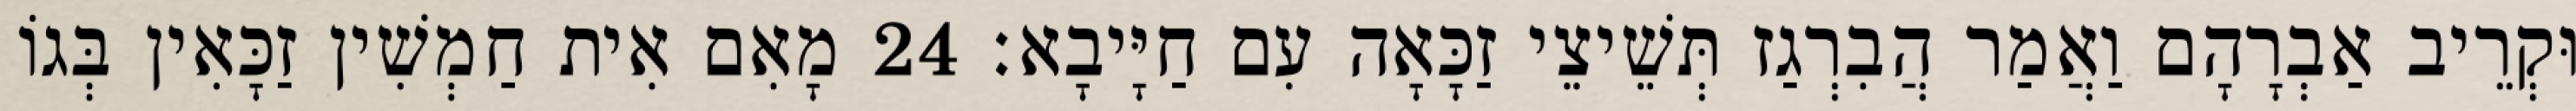
וּקְרֵיב אַבְרָהָם וַאֲמַר הֲבִרְגַז תְּשֵׁיצֵי זַכָּאָה עִם חַיָּיבָא׃ 24 מָאִם אִית חַמְשִׁין זַכָּאִין בְּגוֹ